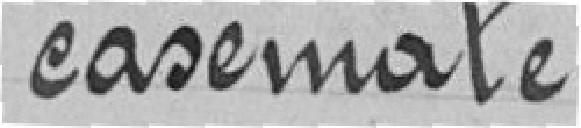
casemate